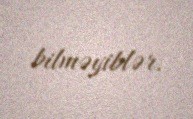
bilməyiblər.